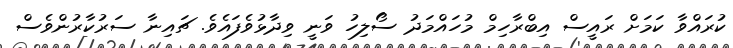
ކުރައްވާ ކަމަށް ރައީސް އިބްރާހިމް މުހައްމަދު ސޯލިހު ވަނީ ވިދާޅުވެފައެވެ. ޗައިނާ ސަރުކާރުންވެސް